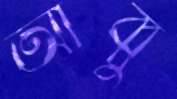
আব্বু